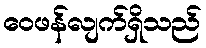
ဝေဖန်လျက်ရှိသည်